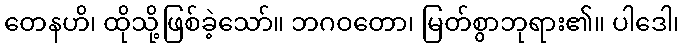
တေနဟိ၊ ထိုသို့ဖြစ်ခဲ့သော်။ ဘဂဝတော၊ မြတ်စွာဘုရား၏။ ပါဒေါ၊